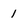
Character: 1